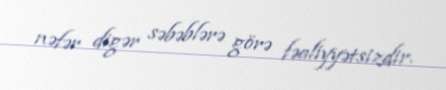
nəfər digər səbəblərə görə fəaliyyətsizdir.